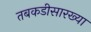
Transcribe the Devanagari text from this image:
तबकडीसारख्या